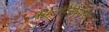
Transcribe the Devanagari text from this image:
मग्नेटोरेसेप्शन